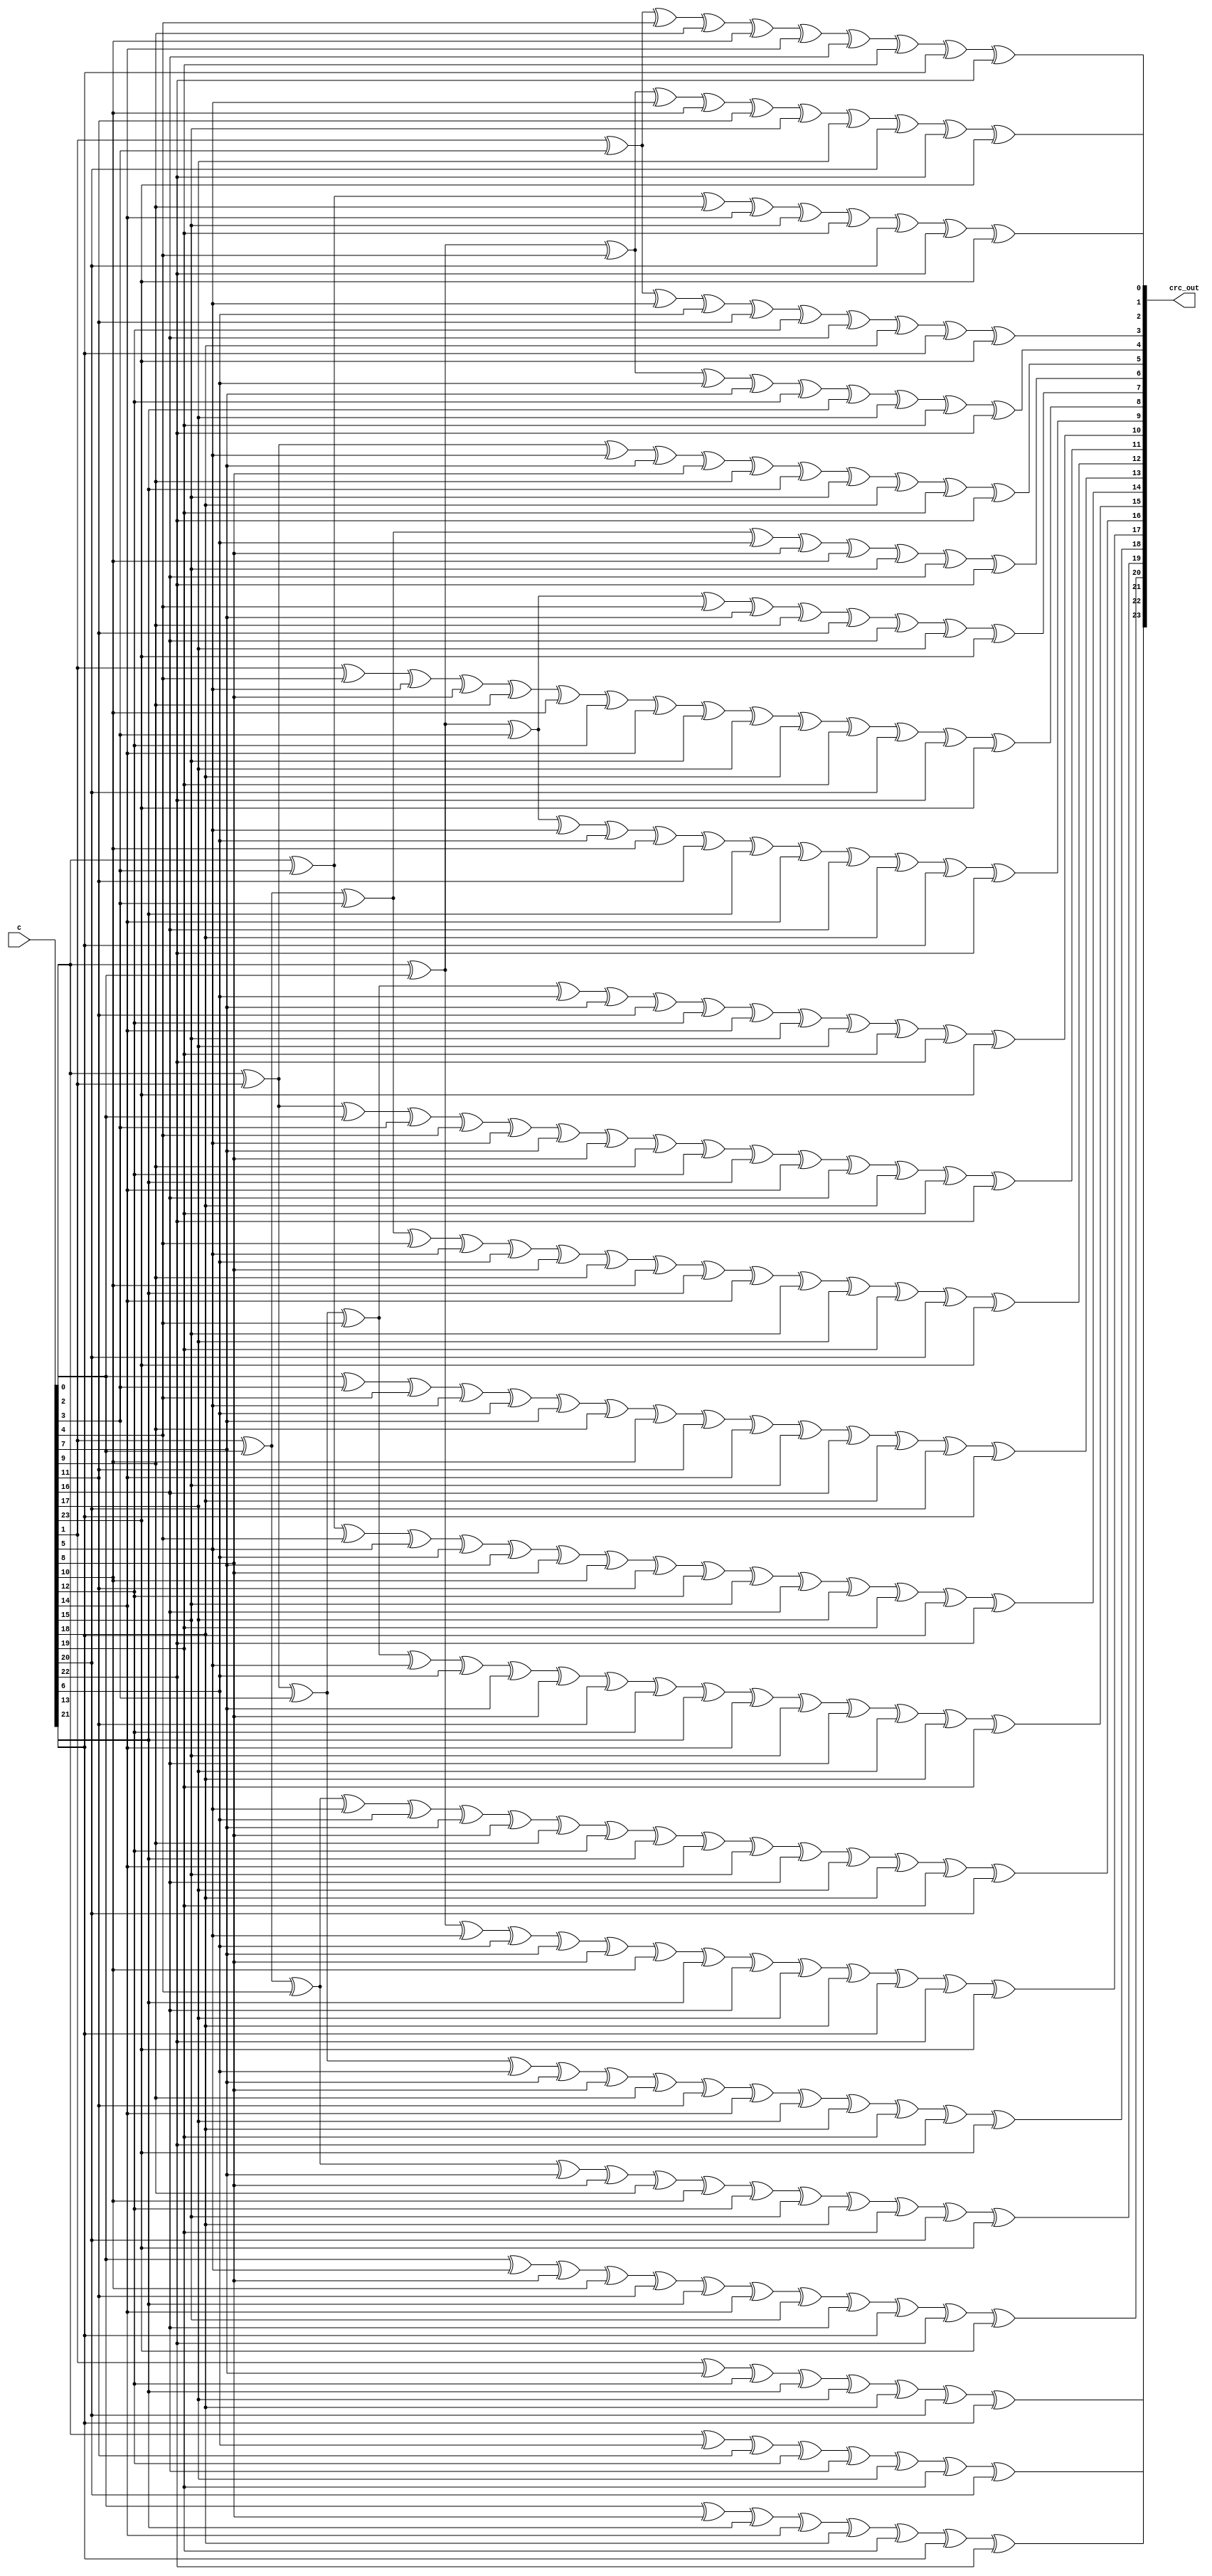
// Copyright 2008 Altera Corporation. All rights reserved.  
// Altera products are protected under numerous U.S. and foreign patents, 
// maskwork rights, copyrights and other intellectual property laws.  
//
// This reference design file, and your use thereof, is subject to and governed
// by the terms and conditions of the applicable Altera Reference Design 
// License Agreement (either as signed by you or found at www.altera.com).  By
// using this reference design file, you indicate your acceptance of such terms
// and conditions between you and Altera Corporation.  In the event that you do
// not agree with such terms and conditions, you may not use the reference 
// design file and please promptly destroy any copies you have made.
//
// This reference design file is being provided on an "as-is" basis and as an 
// accommodation and therefore all warranties, representations or guarantees of 
// any kind (whether express, implied or statutory) including, without 
// limitation, warranties of merchantability, non-infringement, or fitness for
// a particular purpose, are specifically disclaimed.  By making this reference
// design file available, Altera expressly does not recommend, suggest or 
// require that this reference design file be used in combination with any 
// other product not provided by Altera.
/////////////////////////////////////////////////////////////////////////////

//
// 24 bit CRC of 64 data bits (reversed - MSB first)
// polynomial : 00328b63 
//    x^21 + x^20 + x^17 + x^15 + x^11 + x^9 + x^8 + x^6 + x^5 + x^1 + x^0
//
//        CCCCCCCCCCCCCCCCCCCCCCCC DDDDDDDDDDDDDDDDDDDDDDDDDDDDDDDDDDDDDDDDDDDDDDDDDDDDDDDDDDDDDDDD 
//        000000000011111111112222 0000000000111111111122222222223333333333444444444455555555556666 
//        012345678901234567890123 0123456789012345678901234567890123456789012345678901234567890123 
// C00  = #..#.....#....##...##.## ................................................................ 
// C01  = .#.##....##...#.#..#.##. ................................................................ 
// C02  = #.#.##....##...#.#..#.## ................................................................ 
// C03  = .#.#.##....##...#.#..#.# ................................................................ 
// C04  = #.#.#.##....##...#.#..#. ................................................................ 
// C05  = ##...#.###...#.#..##..#. ................................................................ 
// C06  = .###..#.#.#....##.....#. ................................................................ 
// C07  = #.###..#.#.#....##.....# ................................................................ 
// C08  = .#..##..###.#.##.####.## ................................................................ 
// C09  = #.##.##...##.##.#.#..##. ................................................................ 
// C10  = ##.##.##...##.##.#.#..## ................................................................ 
// C11  = ######.###..###.#.##..#. ................................................................ 
// C12  = .######.###..###.#.##..# ................................................................ 
// C13  = ..######.###..###.#.##.. ................................................................ 
// C14  = #..######.###..###.#.##. ................................................................ 
// C15  = ##.######..#########.... ................................................................ 
// C16  = .##.######..#########... ................................................................ 
// C17  = #.#..####.#..#..###..### ................................................................ 
// C18  = ##.#..####.#..#..###..## ................................................................ 
// C19  = .##.#..####.#..#..###..# ................................................................ 
// C20  = ..#..#..#.##.####....### ................................................................ 
// C21  = #.....#....##...##.##... ................................................................ 
// C22  = .#.....#....##...##.##.. ................................................................ 
// C23  = ..#.....#....##...##.##. ................................................................ 
//
// Number of XORs used is 24
// Maximum XOR input count is 17
//   Best possible depth in 4 LUTs = 3
//   Best possible depth in 5 LUTs = 2
//   Best possible depth in 6 LUTs = 2
// Total XOR inputs 296
//
// Special signal relations -
//    none
//

module crc24_zer64x2_flat (c,crc_out);
input[23:0] c;
output[23:0] crc_out;
wire[23:0] crc_out;

assign crc_out[0] =
    c[0] ^ c[3] ^ c[9] ^ c[14] ^ c[15] ^ c[19] ^ 
    c[20] ^ c[22] ^ c[23];

assign crc_out[1] =
    c[1] ^ c[3] ^ c[4] ^ c[9] ^ c[10] ^ c[14] ^ 
    c[16] ^ c[19] ^ c[21] ^ c[22];

assign crc_out[2] =
    c[0] ^ c[2] ^ c[4] ^ c[5] ^ c[10] ^ c[11] ^ 
    c[15] ^ c[17] ^ c[20] ^ c[22] ^ c[23];

assign crc_out[3] =
    c[1] ^ c[3] ^ c[5] ^ c[6] ^ c[11] ^ c[12] ^ 
    c[16] ^ c[18] ^ c[21] ^ c[23];

assign crc_out[4] =
    c[0] ^ c[2] ^ c[4] ^ c[6] ^ c[7] ^ c[12] ^ 
    c[13] ^ c[17] ^ c[19] ^ c[22];

assign crc_out[5] =
    c[0] ^ c[1] ^ c[5] ^ c[7] ^ c[8] ^ c[9] ^ 
    c[13] ^ c[15] ^ c[18] ^ c[19] ^ c[22];

assign crc_out[6] =
    c[1] ^ c[2] ^ c[3] ^ c[6] ^ c[8] ^ c[10] ^ 
    c[15] ^ c[16] ^ c[22];

assign crc_out[7] =
    c[0] ^ c[2] ^ c[3] ^ c[4] ^ c[7] ^ c[9] ^ 
    c[11] ^ c[16] ^ c[17] ^ c[23];

assign crc_out[8] =
    c[1] ^ c[4] ^ c[5] ^ c[8] ^ c[9] ^ c[10] ^ 
    c[12] ^ c[14] ^ c[15] ^ c[17] ^ c[18] ^ c[19] ^ c[20] ^ 
    c[22] ^ c[23];

assign crc_out[9] =
    c[0] ^ c[2] ^ c[3] ^ c[5] ^ c[6] ^ c[10] ^ 
    c[11] ^ c[13] ^ c[14] ^ c[16] ^ c[18] ^ c[21] ^ c[22];

assign crc_out[10] =
    c[0] ^ c[1] ^ c[3] ^ c[4] ^ c[6] ^ c[7] ^ 
    c[11] ^ c[12] ^ c[14] ^ c[15] ^ c[17] ^ c[19] ^ c[22] ^ 
    c[23];

assign crc_out[11] =
    c[0] ^ c[1] ^ c[2] ^ c[3] ^ c[4] ^ c[5] ^ 
    c[7] ^ c[8] ^ c[9] ^ c[12] ^ c[13] ^ c[14] ^ c[16] ^ 
    c[18] ^ c[19] ^ c[22];

assign crc_out[12] =
    c[1] ^ c[2] ^ c[3] ^ c[4] ^ c[5] ^ c[6] ^ 
    c[8] ^ c[9] ^ c[10] ^ c[13] ^ c[14] ^ c[15] ^ c[17] ^ 
    c[19] ^ c[20] ^ c[23];

assign crc_out[13] =
    c[2] ^ c[3] ^ c[4] ^ c[5] ^ c[6] ^ c[7] ^ 
    c[9] ^ c[10] ^ c[11] ^ c[14] ^ c[15] ^ c[16] ^ c[18] ^ 
    c[20] ^ c[21];

assign crc_out[14] =
    c[0] ^ c[3] ^ c[4] ^ c[5] ^ c[6] ^ c[7] ^ 
    c[8] ^ c[10] ^ c[11] ^ c[12] ^ c[15] ^ c[16] ^ c[17] ^ 
    c[19] ^ c[21] ^ c[22];

assign crc_out[15] =
    c[0] ^ c[1] ^ c[3] ^ c[4] ^ c[5] ^ c[6] ^ 
    c[7] ^ c[8] ^ c[11] ^ c[12] ^ c[13] ^ c[14] ^ c[15] ^ 
    c[16] ^ c[17] ^ c[18] ^ c[19];

assign crc_out[16] =
    c[1] ^ c[2] ^ c[4] ^ c[5] ^ c[6] ^ c[7] ^ 
    c[8] ^ c[9] ^ c[12] ^ c[13] ^ c[14] ^ c[15] ^ c[16] ^ 
    c[17] ^ c[18] ^ c[19] ^ c[20];

assign crc_out[17] =
    c[0] ^ c[2] ^ c[5] ^ c[6] ^ c[7] ^ c[8] ^ 
    c[10] ^ c[13] ^ c[16] ^ c[17] ^ c[18] ^ c[21] ^ c[22] ^ 
    c[23];

assign crc_out[18] =
    c[0] ^ c[1] ^ c[3] ^ c[6] ^ c[7] ^ c[8] ^ 
    c[9] ^ c[11] ^ c[14] ^ c[17] ^ c[18] ^ c[19] ^ c[22] ^ 
    c[23];

assign crc_out[19] =
    c[1] ^ c[2] ^ c[4] ^ c[7] ^ c[8] ^ c[9] ^ 
    c[10] ^ c[12] ^ c[15] ^ c[18] ^ c[19] ^ c[20] ^ c[23];

assign crc_out[20] =
    c[2] ^ c[5] ^ c[8] ^ c[10] ^ c[11] ^ c[13] ^ 
    c[14] ^ c[15] ^ c[16] ^ c[21] ^ c[22] ^ c[23];

assign crc_out[21] =
    c[0] ^ c[6] ^ c[11] ^ c[12] ^ c[16] ^ c[17] ^ 
    c[19] ^ c[20];

assign crc_out[22] =
    c[1] ^ c[7] ^ c[12] ^ c[13] ^ c[17] ^ c[18] ^ 
    c[20] ^ c[21];

assign crc_out[23] =
    c[2] ^ c[8] ^ c[13] ^ c[14] ^ c[18] ^ c[19] ^ 
    c[21] ^ c[22];

endmodule